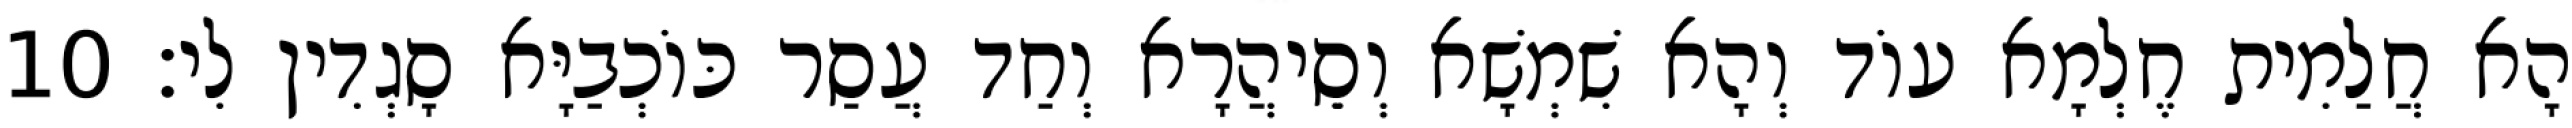
הָא חֲלַמִית חֶלְמָא עוֹד וְהָא שִׁמְשָׁא וְסֵיהֲרָא וְחַד עֲסַר כּוֹכְבַיָּא סָגְדִין לִי׃ 10